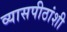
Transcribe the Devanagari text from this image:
व्यासपीठांशी